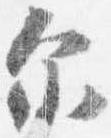
示